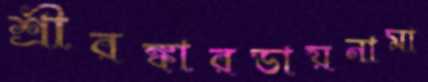
শ্রীরঙ্কারডায়নামা